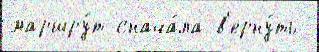
маршру́т снача́ла в'ерну́ть